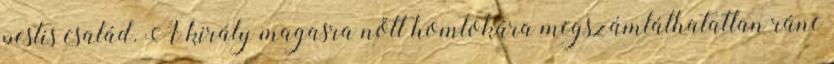
pestis család. A király magasra nőtt homlokára megszámlálhatatlan ránc